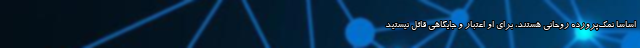
اساساًً نمک‌پرورده روحانی هستند، برای او اعتبار و جایگاهی قائل نیستید